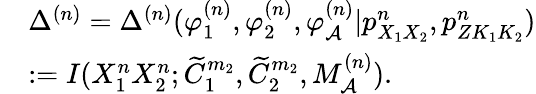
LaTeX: \begin{array}{rl}&{\Delta^{(n)}=\Delta^{(n)}(\varphi_{1}^{(n)},\varphi_{2}^{(n)},\varphi_{\cal A}^{(n)}|{p}_{X_{1}X_{2}}^{n},{p_{ZK_{1}K_{2}}^{n}})}\\ &{:=I(X_{1}^{n}X_{2}^{n};\widetilde{C}_{1}^{m_{2}},\widetilde{C}_{2}^{m_{2}},M_{\cal A}^{(n)}).}\end{array}